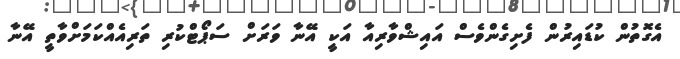
އެގޮތުން ކުޑައިރުން ފެށިގެންވެސް އައިޝްވާރިއާ އަކީ އޭނާ ވަރަށް ސަޕޯޓްކުރި ތަރިއެއްކަމަށްވާތީ އޭނާ